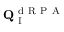
\mathbf { Q } _ { \mathrm { ~ I ~ } } ^ { \mathrm { ~ d ~ R ~ P ~ A ~ } }